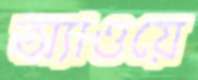
অ্যাওয়ে